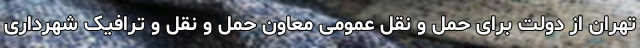
تهران از دولت برای حمل و نقل عمومی معاون حمل و نقل و ترافیک شهرداری